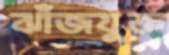
ঝাঁজযুক্ত